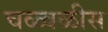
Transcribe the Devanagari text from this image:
चळ्वळीस